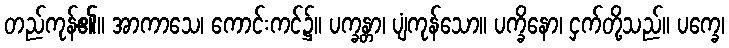
တည်ကုန်၏။ အာကာသေ၊ ကောင်းကင်၌။ ပက္ခန္တာ၊ ပျံကုန်သော။ ပက္ခိနော၊ ငှက်တို့သည်။ ပက္ခေ၊